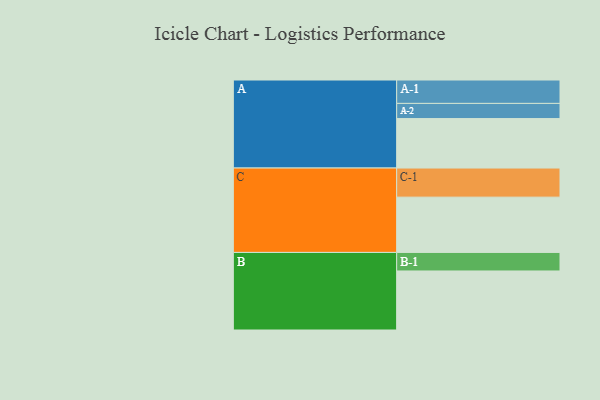
{"axis": {"x": "Segment", "y": "Value"}, "legend": ["", "A", "B", "C"], "data": [{"x": "A", "y": 501, "type": ""}, {"x": "B", "y": 598, "type": ""}, {"x": "C", "y": 560, "type": ""}, {"x": "A-1", "y": 237, "type": "A"}, {"x": "A-2", "y": 154, "type": "A"}, {"x": "B-1", "y": 188, "type": "B"}, {"x": "C-1", "y": 295, "type": "C"}]}